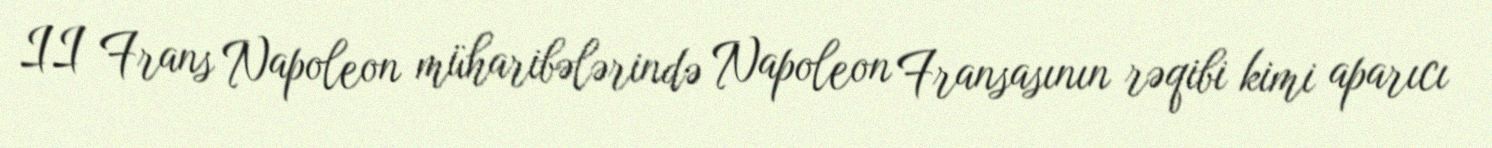
II Frans Napoleon müharibələrində Napoleon Fransasının rəqibi kimi aparıcı